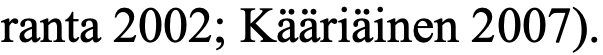
ranta 2002; Kääriäinen 2007).